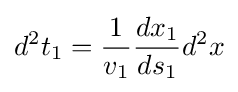
d^{2}t_{1}={\frac {1}{v_{1}}}{\frac {dx_{1}}{ds_{1}}}d^{2}x